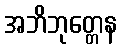
အဘိဘုတ္တေန